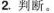
2.判断。